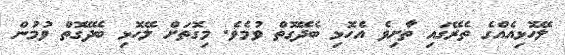
ލޭހޮޅިއެއްގެ ތެރޭގައި ތާށިވެ އެހޮޅި ބެދޭގޮތް ވުމެވެ. މިގޮތަށް ލޭހޮޅި ބެދޭގޮތް ވުމުން